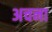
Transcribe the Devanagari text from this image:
अचना